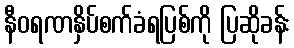
နီဝရဏနှိပ်စက်ခံရပြစ်ကို ပြဆိုခန်း